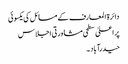
دائرۃ المعارف کے مسائل کی یکسوئی
پر اعلیٰ سطحی مشاورتی اجلاس
حیدرآباد ۔